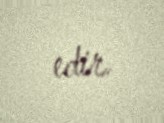
edir.